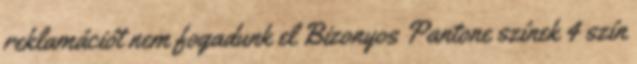
reklamációt nem fogadunk el Bizonyos Pantone színek 4 szín